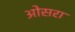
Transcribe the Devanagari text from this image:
ओसरा